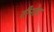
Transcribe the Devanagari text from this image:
तीनतेरा